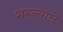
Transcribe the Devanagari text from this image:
भरल्याने